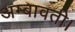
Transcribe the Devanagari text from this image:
अम्बावती।